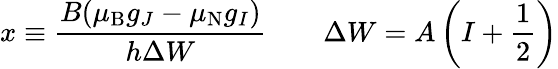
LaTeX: x\equiv{\frac{B(\mu_{\mathrm{{B}}}g_{J}-\mu_{\mathrm{{N}}}g_{I})}{h\Delta W}}\quad\quad\Delta W=A\left(I+{\frac{1}{2}}\right)